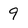
Character: 9